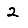
Digit: 2